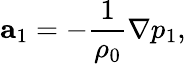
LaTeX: \mathbf{a}_{1}=-\frac{1}{\rho_{0}}\nabla p_{1},